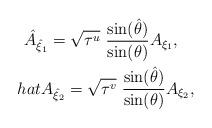
LaTeX: \begin{align*}\hat A_{\hat\xi_1}=\sqrt{\tau^u}\ \frac{\sin(\hat\theta)}{\sin(\theta)}A_{\xi_1},\ \ \ \\hat A_{\hat\xi_2}=\sqrt{\tau^v}\ \frac{\sin(\hat\theta)}{\sin(\theta)}A_{\xi_2},\end{align*}